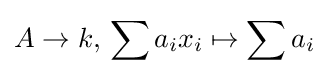
A\to k,\,\sum a_{i}x_{i}\mapsto \sum a_{i}